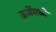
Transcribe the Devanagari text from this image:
ऊर्जेमध्ये